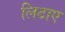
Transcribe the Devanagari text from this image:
लिटाए